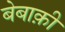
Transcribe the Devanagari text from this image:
बेबाक़ी